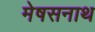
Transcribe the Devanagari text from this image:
मेषसनाथ